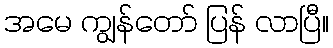
အမေ ကျွန်တော် ပြန် လာပြီ။